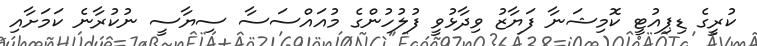
ކުރީގެ ޑިޕިއުޓީ ކޮމިޝަނާ ފަޔާޒު ވިދާޅުވީ ފުލުހުންގެ މުއައްސަސާ ސިޔާސީ ނުކުރާނެ ކަމަށާއި